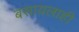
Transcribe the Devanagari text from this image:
बसायलाही